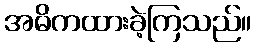
အဓိကထားခဲ့ကြသည်။